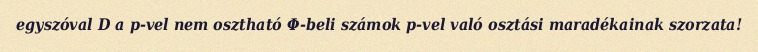
egyszóval D a p-vel nem osztható Φ-beli számok p-vel való osztási maradékainak szorzata!